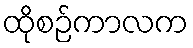
ထိုစဉ်ကာလက